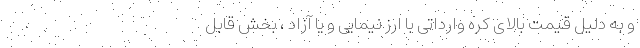
و به دلیل قیمت بالای کره وارداتی با ارز نیمایی و یا آزاد ‌، ‌بخش قابل